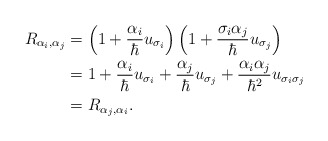
\begin{align*}R_{\alpha_i,\alpha_j}&=\left(1+\frac{\alpha_i}{\hbar}u_{\sigma_i}\right)\left(1+\frac{\sigma_i\alpha_j}{\hbar}u_{\sigma_j}\right)\\&=1+\frac{\alpha_i}{\hbar}u_{\sigma_i}+\frac{\alpha_j}{\hbar}u_{\sigma_j}+\frac{\alpha_i\alpha_j}{\hbar^2}u_{\sigma_i\sigma_j}\\&=R_{\alpha_j,\alpha_i}.\end{align*}